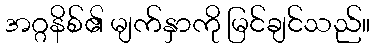
အဂ္ဂနိစ်၏ မျက်နှာကို မြင်ချင်သည်။